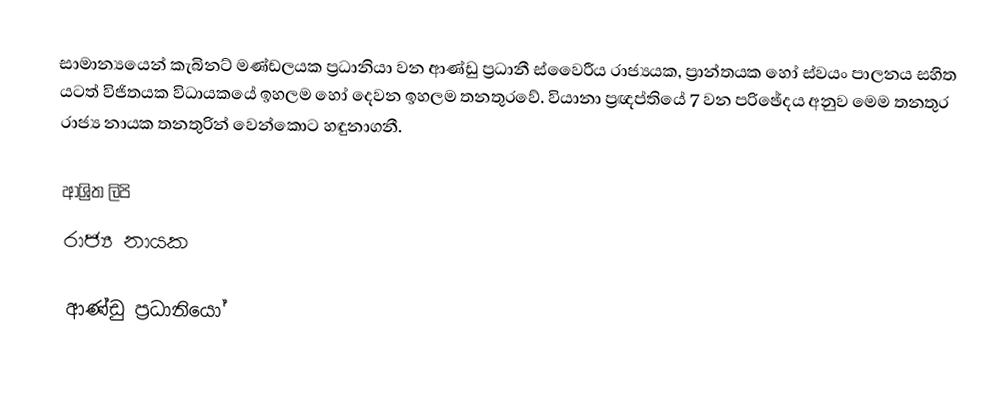
සාමාන්‍යයෙන් කැබිනට් මණ්ඩලයක ප්‍රධානියා වන ආණ්ඩු ප්‍රධානී  ස්වෛරීය රාජ්‍යයක, ප්‍රාන්තයක හෝ ස්වයං පාලනය සහිත යටත් විජිතයක විධායකයේ  ඉහලම හෝ දෙවන ඉහලම තනතුරවේ. වියානා ප්‍රඥප්තියේ 7 වන පරිඡේදය අනුව මෙම තනතුර රාජ්‍ය නායක තනතුරින් වෙන්කොට හඳුනාගනී.

ආශ්‍රිත ලිපි
 රාජ්‍ය නායක

ආණ්ඩු ප්‍රධානියෝ